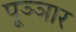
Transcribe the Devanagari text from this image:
पूञ्ञार